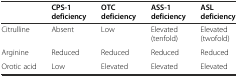
|  | CPS-1 deficiency | OTC deficiency | ASS-1 deficiency | ASL deficiency |
 | --- | --- | --- | --- | --- |
 | Citrulline | Absent | Low | Elevated (tenfold) | Elevated (twofold) |
 | Arginine | Reduced | Reduced | Reduced | Reduced |
 | Orotic acid | Low | Elevated | Elevated | Elevated |